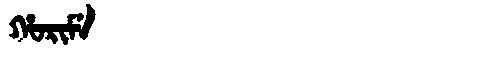
Manchu: ᡥᠣᡵᡳᠮᡝ
Romanization: HORIME